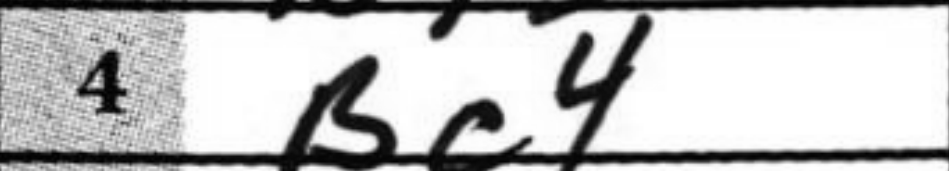
Transcription: Bc4